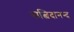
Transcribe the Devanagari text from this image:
सत्चिदानन्द